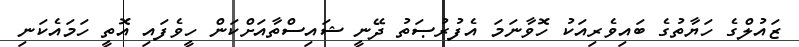
ޒައުލްގެ ހަޔާތުގެ ބައިވެރިއަކު ހޮވާނަމަ އެފުރުޞަތު ދޭނީ ޝައިސްތާއަށްކަން ހީވެފައި އޮތީ ހަމައެކަނި